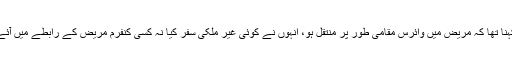
ان کا کہنا تھا کہ مریض میں وائرس مقامی طور پر منتقل ہو، انہوں نے کوئی غیر ملکی سفر کیا نہ کسی کنفرم مریض کے رابطے میں آئے تھے۔